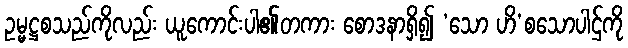
ဥမ္မဋ္ဌစသည်ကိုလည်း ယူကောင်းပါ၏တကား စောဒနာရှိ၍ ‘သော ဟိ’စသောပါဌ်ကို